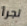
تجرأ